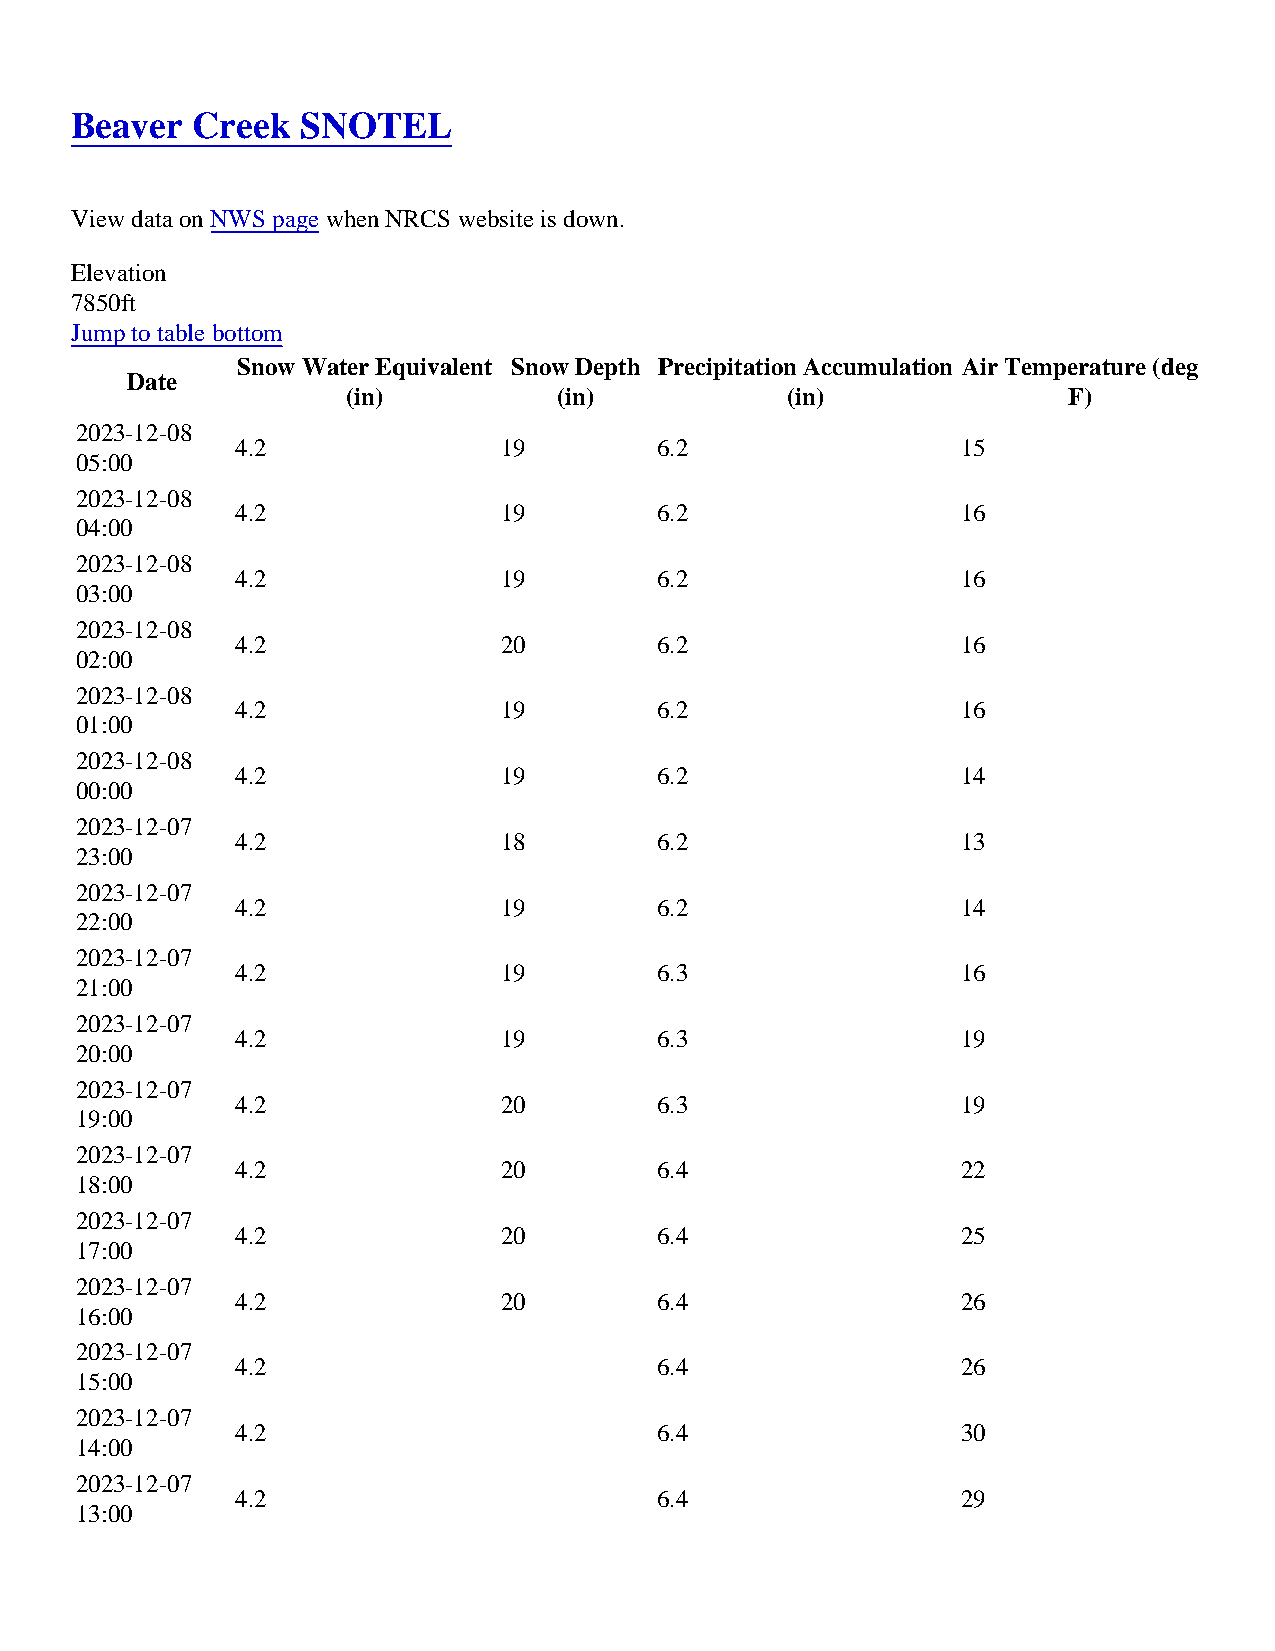
Beaver  Creek  SNOTEL
 View data on NWS page when NRCS website is down.
 Elevation
 7850ft
 Jump to table bottom
 Snow Water Equivalent Snow Depth Precipitation Accumulation Air Temperature (deg
 Date
 (in)          (in)           (in)               F)
 2023-12-08
 4.2              19        6.2                  15
 05:00
 2023-12-08
 4.2              19        6.2                  16
 04:00
 2023-12-08
 4.2              19        6.2                  16
 03:00
 2023-12-08
 4.2              20        6.2                  16
 02:00
 2023-12-08
 4.2              19        6.2                  16
 01:00
 2023-12-08
 4.2              19        6.2                  14
 00:00
 2023-12-07
 4.2              18        6.2                  13
 23:00
 2023-12-07
 4.2              19        6.2                  14
 22:00
 2023-12-07
 4.2              19        6.3                  16
 21:00
 2023-12-07
 4.2              19        6.3                  19
 20:00
 2023-12-07
 4.2              20        6.3                  19
 19:00
 2023-12-07
 4.2              20        6.4                  22
 18:00
 2023-12-07
 4.2              20        6.4                  25
 17:00
 2023-12-07
 4.2              20        6.4                  26
 16:00
 2023-12-07
 4.2                        6.4                  26
 15:00
 2023-12-07
 4.2                        6.4                  30
 14:00
 2023-12-07
 4.2                        6.4                  29
 13:00